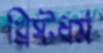
খ্রিস্টধর্ম